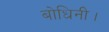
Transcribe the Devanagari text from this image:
बोधिनी।